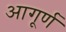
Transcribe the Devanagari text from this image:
आगूर्ण